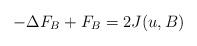
LaTeX: \begin{align*}-\Delta F_{B} + F_{B} = 2J(u, B)\end{align*}